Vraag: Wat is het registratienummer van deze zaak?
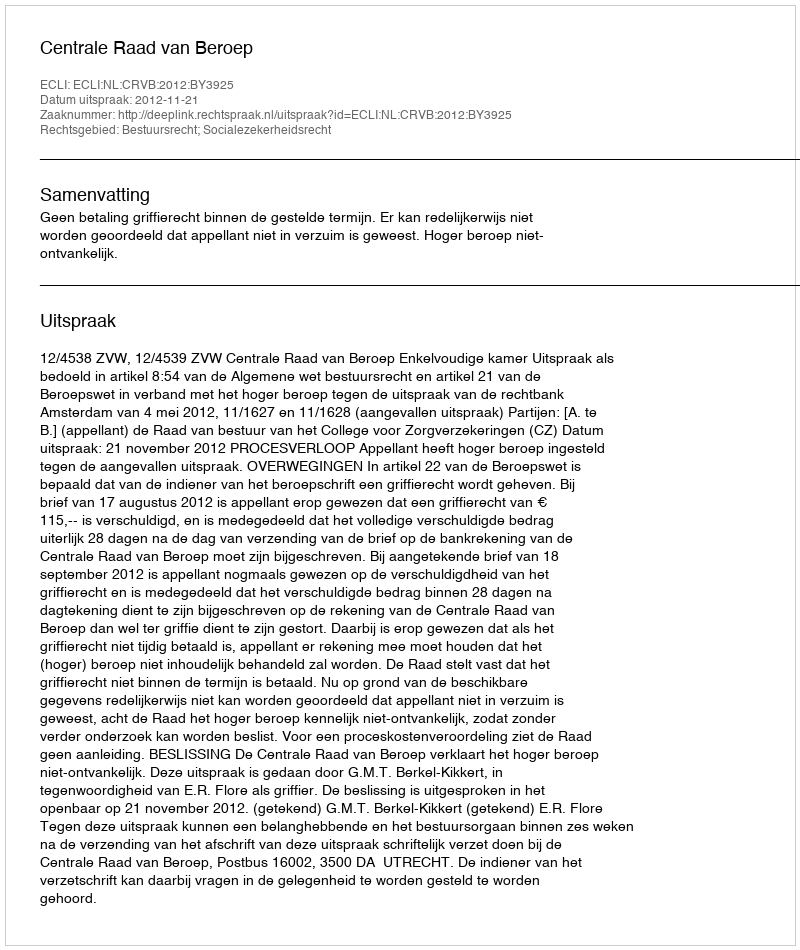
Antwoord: http://deeplink.rechtspraak.nl/uitspraak?id=ECLI:NL:CRVB:2012:BY3925